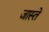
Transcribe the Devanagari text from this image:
जास्ते